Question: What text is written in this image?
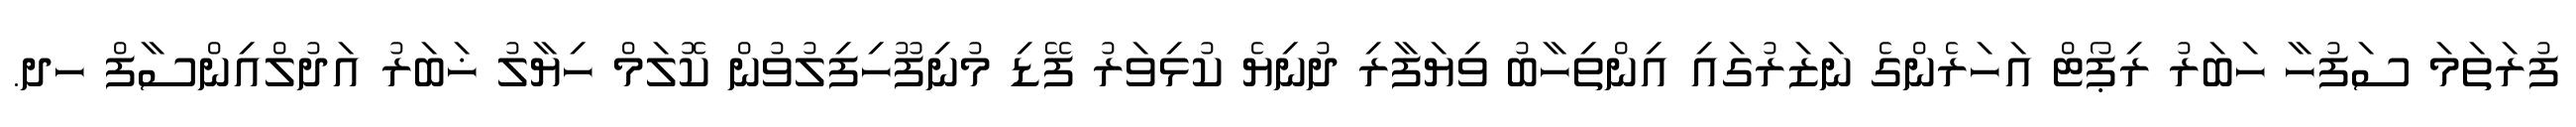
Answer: ފުރަތަމަ ސަފުހާ ހަބަރު ރިޕޯޓް އަހަރެންގެ ނަޒަރުގައި އިންތިހާބު ވިޔަފާރި ދުނިޔެ ކުޅިވަރު ފޭޑި މުނިފޫހިފިލުވުން ކޮލަމް ހިޔާލު ޚަބަރު އަދުލްއިންސާފް ހދ.